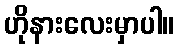
ဟိုနားလေးမှာပါ။